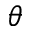
\theta